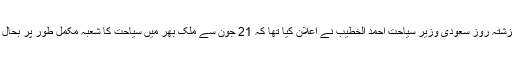
دوسری جانب گزشتہ روز سعودی وزیر سیاحت احمد الخطیب نے اعلان کیا تھا کہ 21 جون سے ملک بھر میں سیاحت کا شعبہ مکمل طور پر بحال کر دیا جائے گا۔